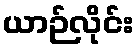
ယာဉ်လိုင်း